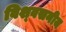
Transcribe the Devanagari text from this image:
विश्‍वसनीय